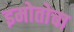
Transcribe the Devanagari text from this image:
इमोतोचा